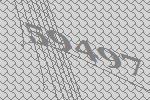
59497